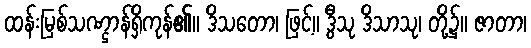
ထန်းမြစ်သဏ္ဌာန်ရှိကုန်၏။ ဒိသတော၊ ဖြင့်။ ဒွီသု ဒိသာသု၊ တို့၌။ ဇာတာ၊